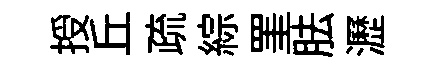
授丘疏綜罣胠瀝